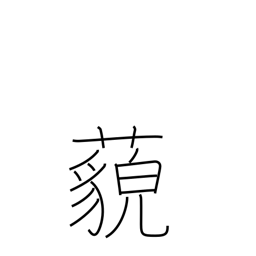
Meaning: far away